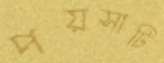
পয়সাটি